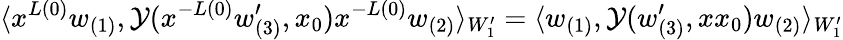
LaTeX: \langle x^{L(0)}w_{(1)},{\cal Y}(x^{-L(0)}w_{(3)}^{\prime},x_{0})x^{-L(0)}w_{(2)}\rangle_{W_{1}^{\prime}}=\langle w_{(1)},{\cal Y}(w_{(3)}^{\prime},xx_{0})w_{(2)}\rangle_{W_{1}^{\prime}}